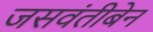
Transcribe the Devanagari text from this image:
जसवंतीबेन